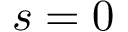
s = 0